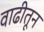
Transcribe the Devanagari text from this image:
वाढीतून